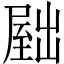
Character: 𫥫